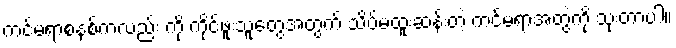
ကင်မရာစနစ်ကလည်း ကို ကိုင်ဖူးသူတွေအတွက် သိပ်မထူးဆန်းတဲ့ ကင်မရာအတွဲကို သုံးတာပါ။